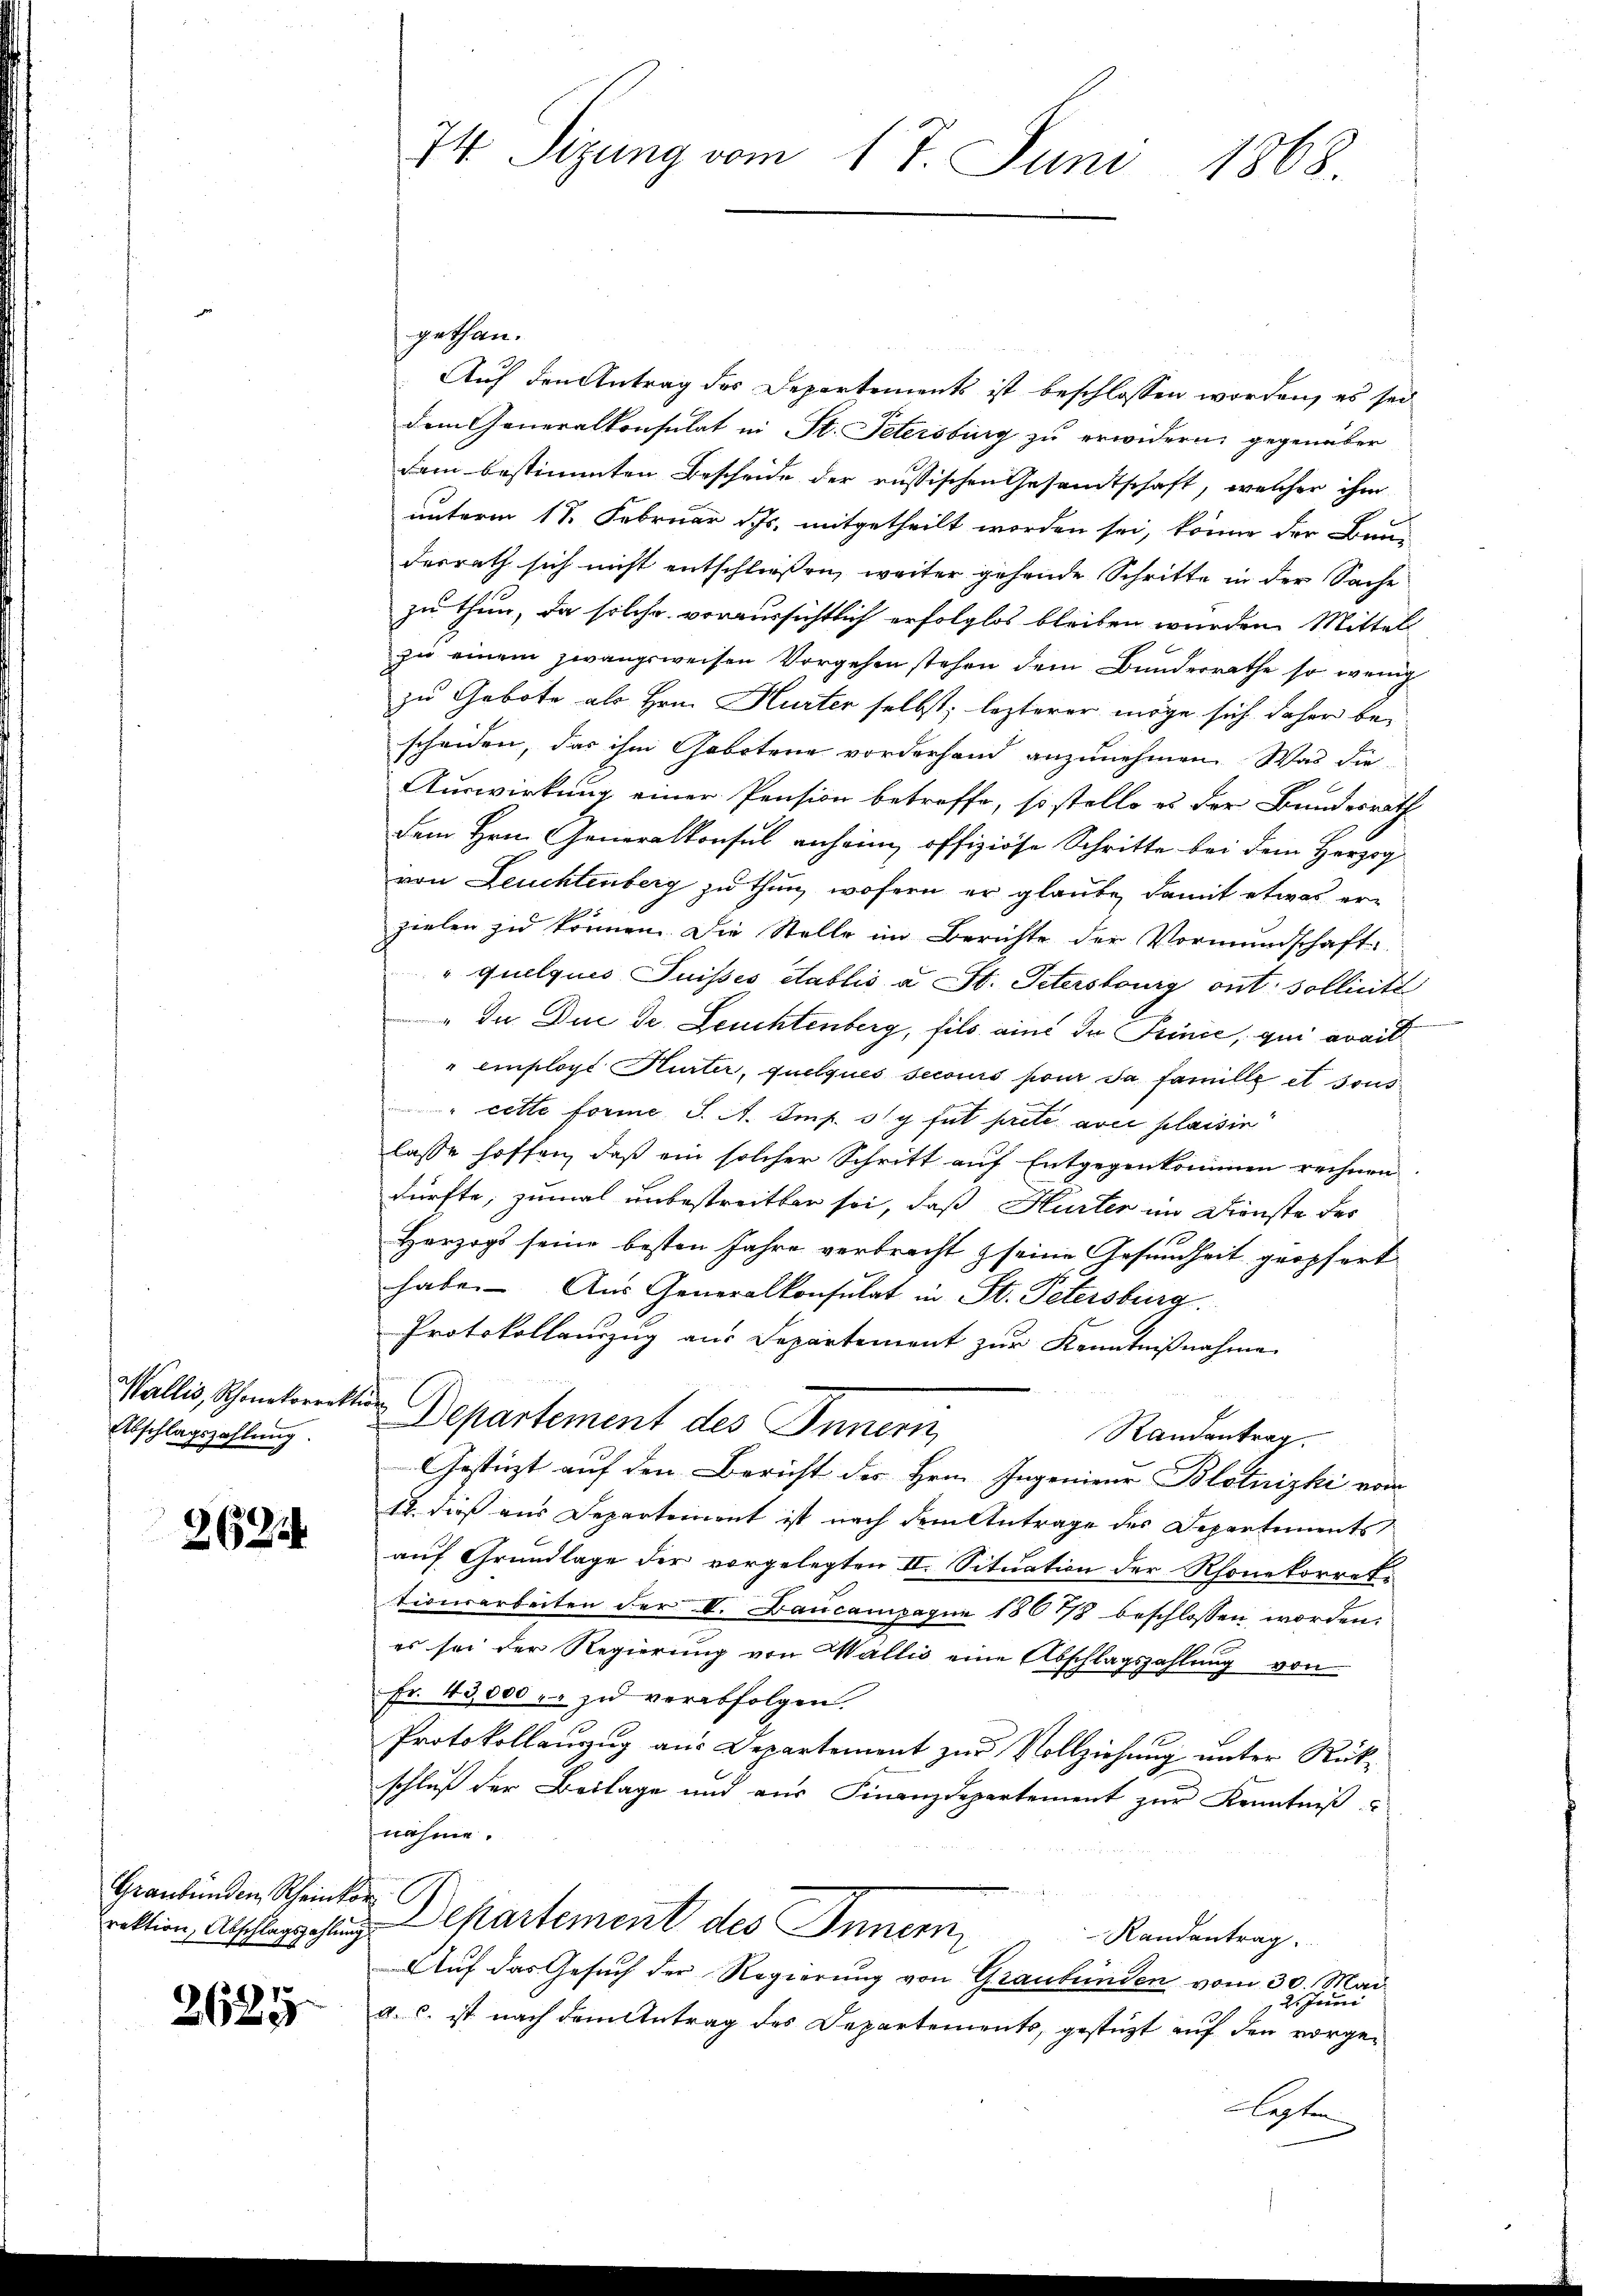
Wallis, Schonkorrekt
Abschlagszahlung.

2623

Graubünden Scheinkon

2625

74. Sizung vom 17 Juni 1868.

gethan.
Auf den Antrag des Departements ist beschlossen worden, es sei
dem Generalkonsulat in St. Petersburg zu erwidern gegenüber
dam bestimmten Bescheide der russischen Gesandtschaft, welcher ihm
unterm 18. Februar Js. mitgetheilt worden sei, könne der Bau-
derrath sich nicht entschließen, weiter gehende Schritte in der Sache
zu thun, da solche voraussichtlich erfolglos bleiben wurden Mittel
zio einem zwangsweisen Vorgehen stehen dem Bunderrathe so wenig
zu Gebote als Hrn. Hurter selbst; lezterer möge sich daher bescheiden, das ihm Gebotene vorderhand anzunehmen. Was die
Auswirkung einer Pension betroffe, so stelle es der Bundesrath
dem Hrn. Generalkonsul anheim, offiziöse Schritte bei dem Herzog
von Leuchtenberg zu thun, wofern er glaube, damit etwas erzielen zu können. Die Stelle im Berichte der Vormundschaft
" quelques Suisses Stablis a St. Petersburg ont sollicite
" Ja Duc de Leuchtenberg, fils ains de Prince, qui availl
" employs Hurter, quelques secours pour sa famille et sous
" cette Forme S. A. Amp. 319 fut prete aver plaisin
lasse hoffen, daß ein solcher Schritt auf Entgegenkommen rechnen
dürfte, zumal unbestreitten sei, daß Hurter im Dienste des
Herzogs seine besten Jahre verbrecht seine Gesundheit geopfert
habe. Aus Generalkonsulat in St. Petersburg.
Protokollauszug aus Departement zur Kenntnißnahme
f
Departement des Inneri
Randantrag.
Gestüzt auf den Bericht der Hrn. Ingenieur Blotnizki vom
1., daß aus Departement ist nach dem Antrage des Departements
auf Grundlage der vorgelegten II. Situation der Rhonetorret-
tionsarbeiten der V. Baucampagni 186778 beschlossen worden.
es sei der Regierung von Wallis eine Abschlagszahlung von
Fr. 43000 u. zu verabfolgen.
Protokollanzug aus Departement zur Vollziehung unter Rükschluß der Beilage und aus Finanzdepartement zur Kenntniß
nahme.
rektion, Abschlaggelung Departement des Innern
Randantrag.
Auf das Gesuch der Regierung von Graubünden vom 30. Mai
21. Juni
a. c. ist nach dem Antrag des Departements, gestützt auf den vorgelechten